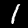
Digit: 1